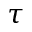
\tau